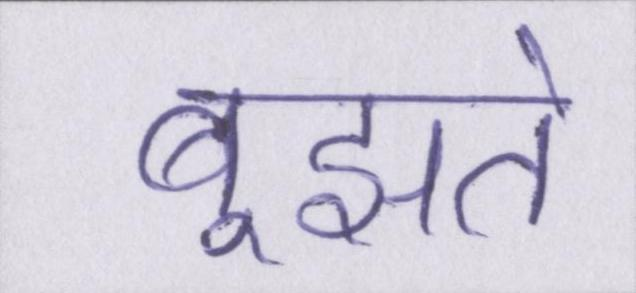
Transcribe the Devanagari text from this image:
बूझते